Bombay plague: being a history of the progress of plague in the Bombay presidency from September 1896 to June 1899
Year: 1896
Disease focus: Plague
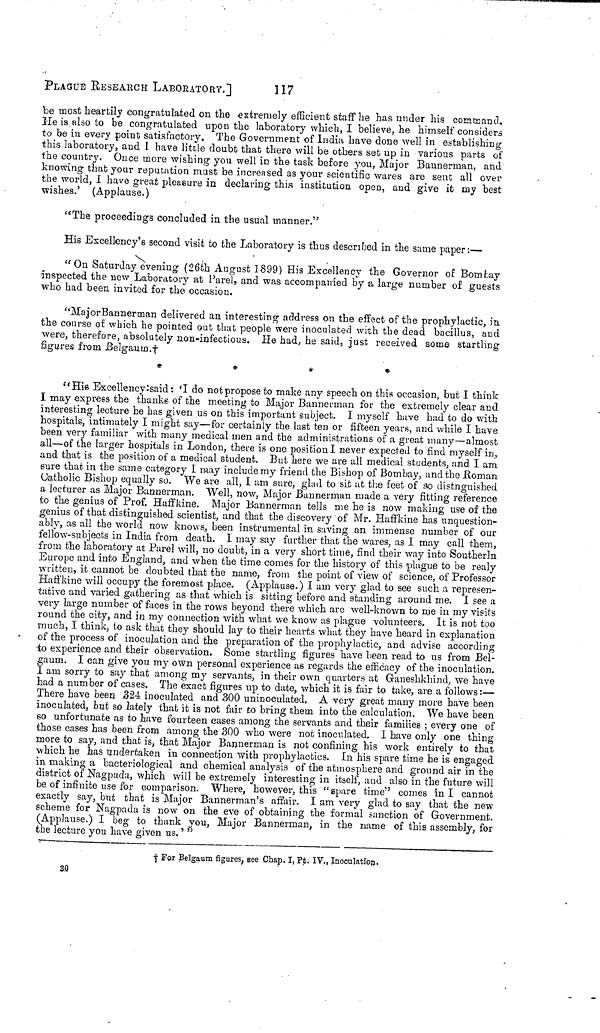
PLAgUE RESEARCH LABORATORY.]
117
be most heartily congratulated on the extremely efficient staff he has under his command.
He is also to be congratulated upon the laboratory which, I believe, he himself considers
to be in every point satisfactory. The Government of India have done well in establishing
this laboratory, and I have little doubt that there will be others set up in various parts of
the country. Once more wishing you well in the task before you, Major Bannerman, and
knowing that your reputation must be increased as your scientific wares are sent all over
the world, I have great pleasure in declaring this institution open, and give it my best
wishes.' (Applause.)
"The proceedings concluded in the usual manner."
His Excellency's second visit to the Laboratory is thus described in the same paper :—
"On Saturday evening (26th August 1899) His Excellency the Governor of Bombay
Inspected the new Laboratory at Parel, and was accompanied by a large number of guests
who had been invited for the occasion.
"Major Bannerman delivered an interesting address on the effect of the prophylactic, in
the course of which he pointed out that people were inoculated with the dead bacillus, and
were, therefore, absolutely non-infectious. He had, he said, just received some startling
figures from Belgaum.†
*
*
*
*
"His Excellency said :I do not propose to make any speech on this occasion, but I think
I may express the thanks of the meeting to Major Bannerman for the extremely clear and
interesting lecture he has given us on this important subject. I myself have had to do with
hospitals, intimately I might say—for certainly the last ten or fifteen years, and while I have
been very familiar with many medical men and the administrations of a great many—almost
all—of the larger hospitals in London, there is one position I never expected to find myself in,
and that is the position of a medical student. But here we are all medical students, and I am
sure that in the same category I may include my friend the Bishop of Bombay, and the Roman
Catholic Bishop equally so. We are all, I am sure, glad to sit at the feet of so distnguished
a lecturer as Major Bannerman. Well, now, Major Bannerman made a very fitting reference
to the genius of Prof. Haffkine. Major Bannerman tells me he is now making use of the
genius of that distinguished scientist, and that the discovery of Mr. Haffkine has unquestion-
ably, as all the world now knows, been instrumental in saving an immense number of our
fellow-subjects in India from death. 1 may say further that the wares, as I may call them,
from the laboratory at Parel will, no doubt, in a very short time, find their way into Southerln
Europe and into England, and when the time comes for the history of this plague to be realy
written, it cannot be doubted that the name, from the point of view of science, of Professor
Haffkine will occupy the foremost place. (Applause.) I am very glad to see such a represen-
tative and varied gathering as that which is sitting before and standing around me. I see a
very large number of faces in the rows beyond there which are well-known to me in my visits
round the city, and in my connection with what we know as plague volunteers. It is not too
much, I think, to ask that they should lay to their hearts what they have heard in explanation
of the process of inoculation and the preparation of the prophylactic, and advise according
to experience and their observation. Some startling figures have been read to us from Bel-
gaum. I can give you my own personal experience as regards the efficacy of the inoculation.
I am sorry to say that among my servants, in their own quarters at Ganeshkhind, we have
had a number of cases. The exact figures up to date, which it is fair to take, are a follows :—
There have been 324 inoculated and 300 uninoculated. A very great many more have been
inoculated, but so lately that it is not fair to bring them into the calculation. We have been
so unfortunate as to have fourteen cases among the servants and their famines ; every one of
those cases has been from among the 300 who were not inoculated. I have only one thing
more to say, and that is, that Major Bannerman is not confining his work entirely to that
which he has undertaken in connection with prophylactics. In his spare time he is engaged
in making a bacteriological and chemical analysis of the atmosphere and ground air in the
district of Nagpada, which will be extremely interesting in itself, and also in the future will
be of infinite use for comparison. Where, however, this "spare time" comes in I cannot
exactly say, but that is Major Bannerman's affair. I am very glad to say that the new
scheme for Nagpada is now on the eve of obtaining the formal sanction of Government.
(Applause.) I beg to thank you, Major Bannerman, in the name of this assembly, for
the lecture you have given us. ' "
† For Belgaum figures, see Chap. I, Pt. IV., Inoculatiop.
30